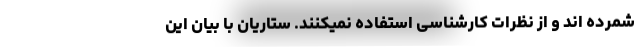
شمرده اند و از نظرات کارشناسی استفاده نمیکنند. ستاریان با بیان این